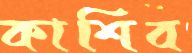
কাশিব